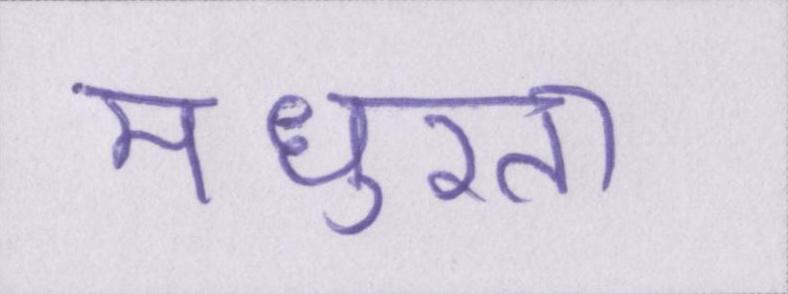
मधुरता